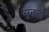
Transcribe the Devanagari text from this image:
सुनलो